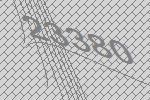
23380